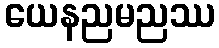
ယေနညမညဿ